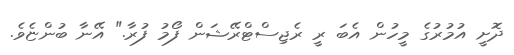
ދޮށީ އުމުރުގެ މީހުން އެބަ ރީ ރެޖިސްޓްރޭޝަން ފޯމު ފުރާ." އޭނާ ބުންޏެވެ.